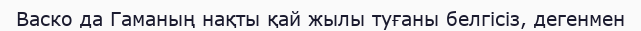
Васко да Гаманың нақты қай жылы туғаны белгісіз, дегенмен